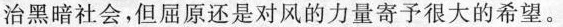
治黑暗社会，但屈原还是对风的力量寄予很大的希望。